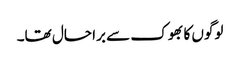
لوگوں کا بھوک سے برا حال تھا۔